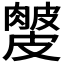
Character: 𥀙